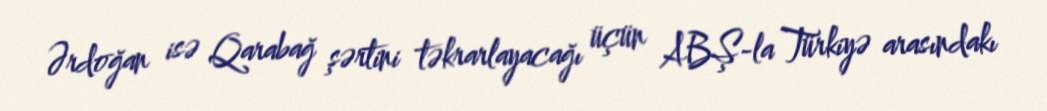
Ərdoğan isə Qarabağ şərtini təkrarlayacağı üçün ABŞ-la Türkiyə arasındakı